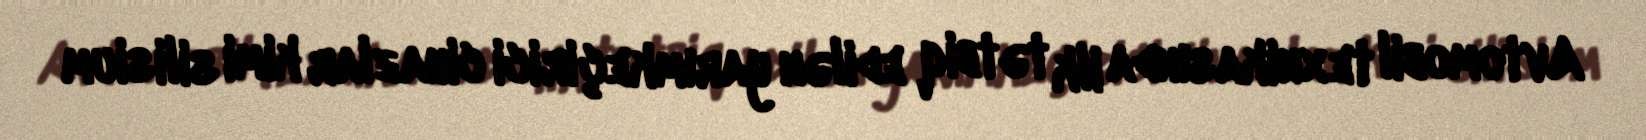
Avtomobil texnikasında ilk tətbiq edilən yarımkeçirici cihazlar kimi silisium